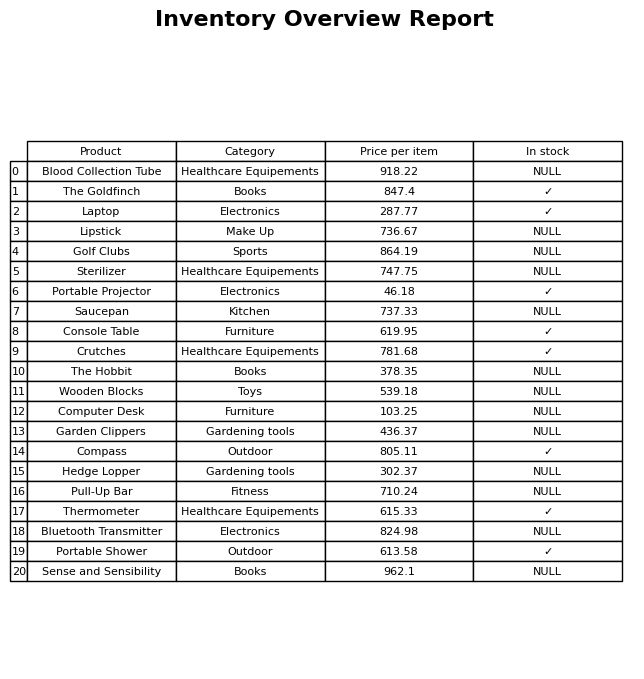
question: What is the price of the Lipstick?
answer: The price of Lipstick is 736.67.